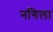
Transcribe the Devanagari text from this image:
नगिला